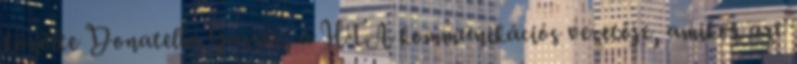
közölte Donatella Gasser, a HTA kommunikációs vezetője, amikor azt